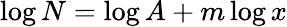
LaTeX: \log N=\log A+m\log x